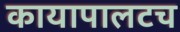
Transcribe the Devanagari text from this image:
कायापालटच